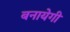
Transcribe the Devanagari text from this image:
बनायेगी